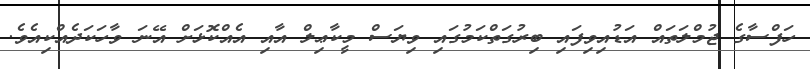
ހަފްސާގެ ޖުމްލަތައް އަޑުއިވިފައި ބިރުގަތްކަމުގައި ވިޔަސް މީކާޢިލް އާއި އެއްކޮޅަށް އޭނަ ވާހަކަދެއްކިއެވެ.